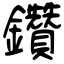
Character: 鑽